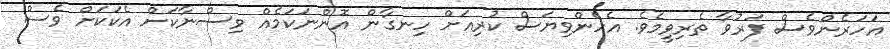
އަހަރެންވެސް ފަރުވާ ތެރިވީމެވެ. އެހެންވިޔަސް ކުރިއަށް ހިނގާން އޮންނަކަމެއް ވިސްނާކަށް އެކަކަށް ވެސް